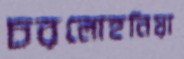
চরলোহনিয়া